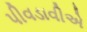
પીવડાવીએ